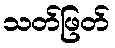
သတ်ဖြတ်